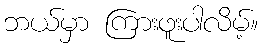
ဘယ်မှာ ကြားဖူးပါလိမ့်။